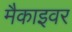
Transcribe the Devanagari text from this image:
मैकाइवर